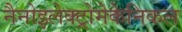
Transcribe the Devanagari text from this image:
नैनोइलेक्ट्रोमेकेनिकल